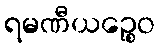
ရမဏီယဉ္စေဝ